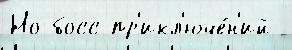
Но босс пр'икл'юче́н'ий